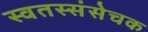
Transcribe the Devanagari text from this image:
स्वतस्संसेचक